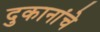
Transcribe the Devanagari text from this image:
दुकानांचे